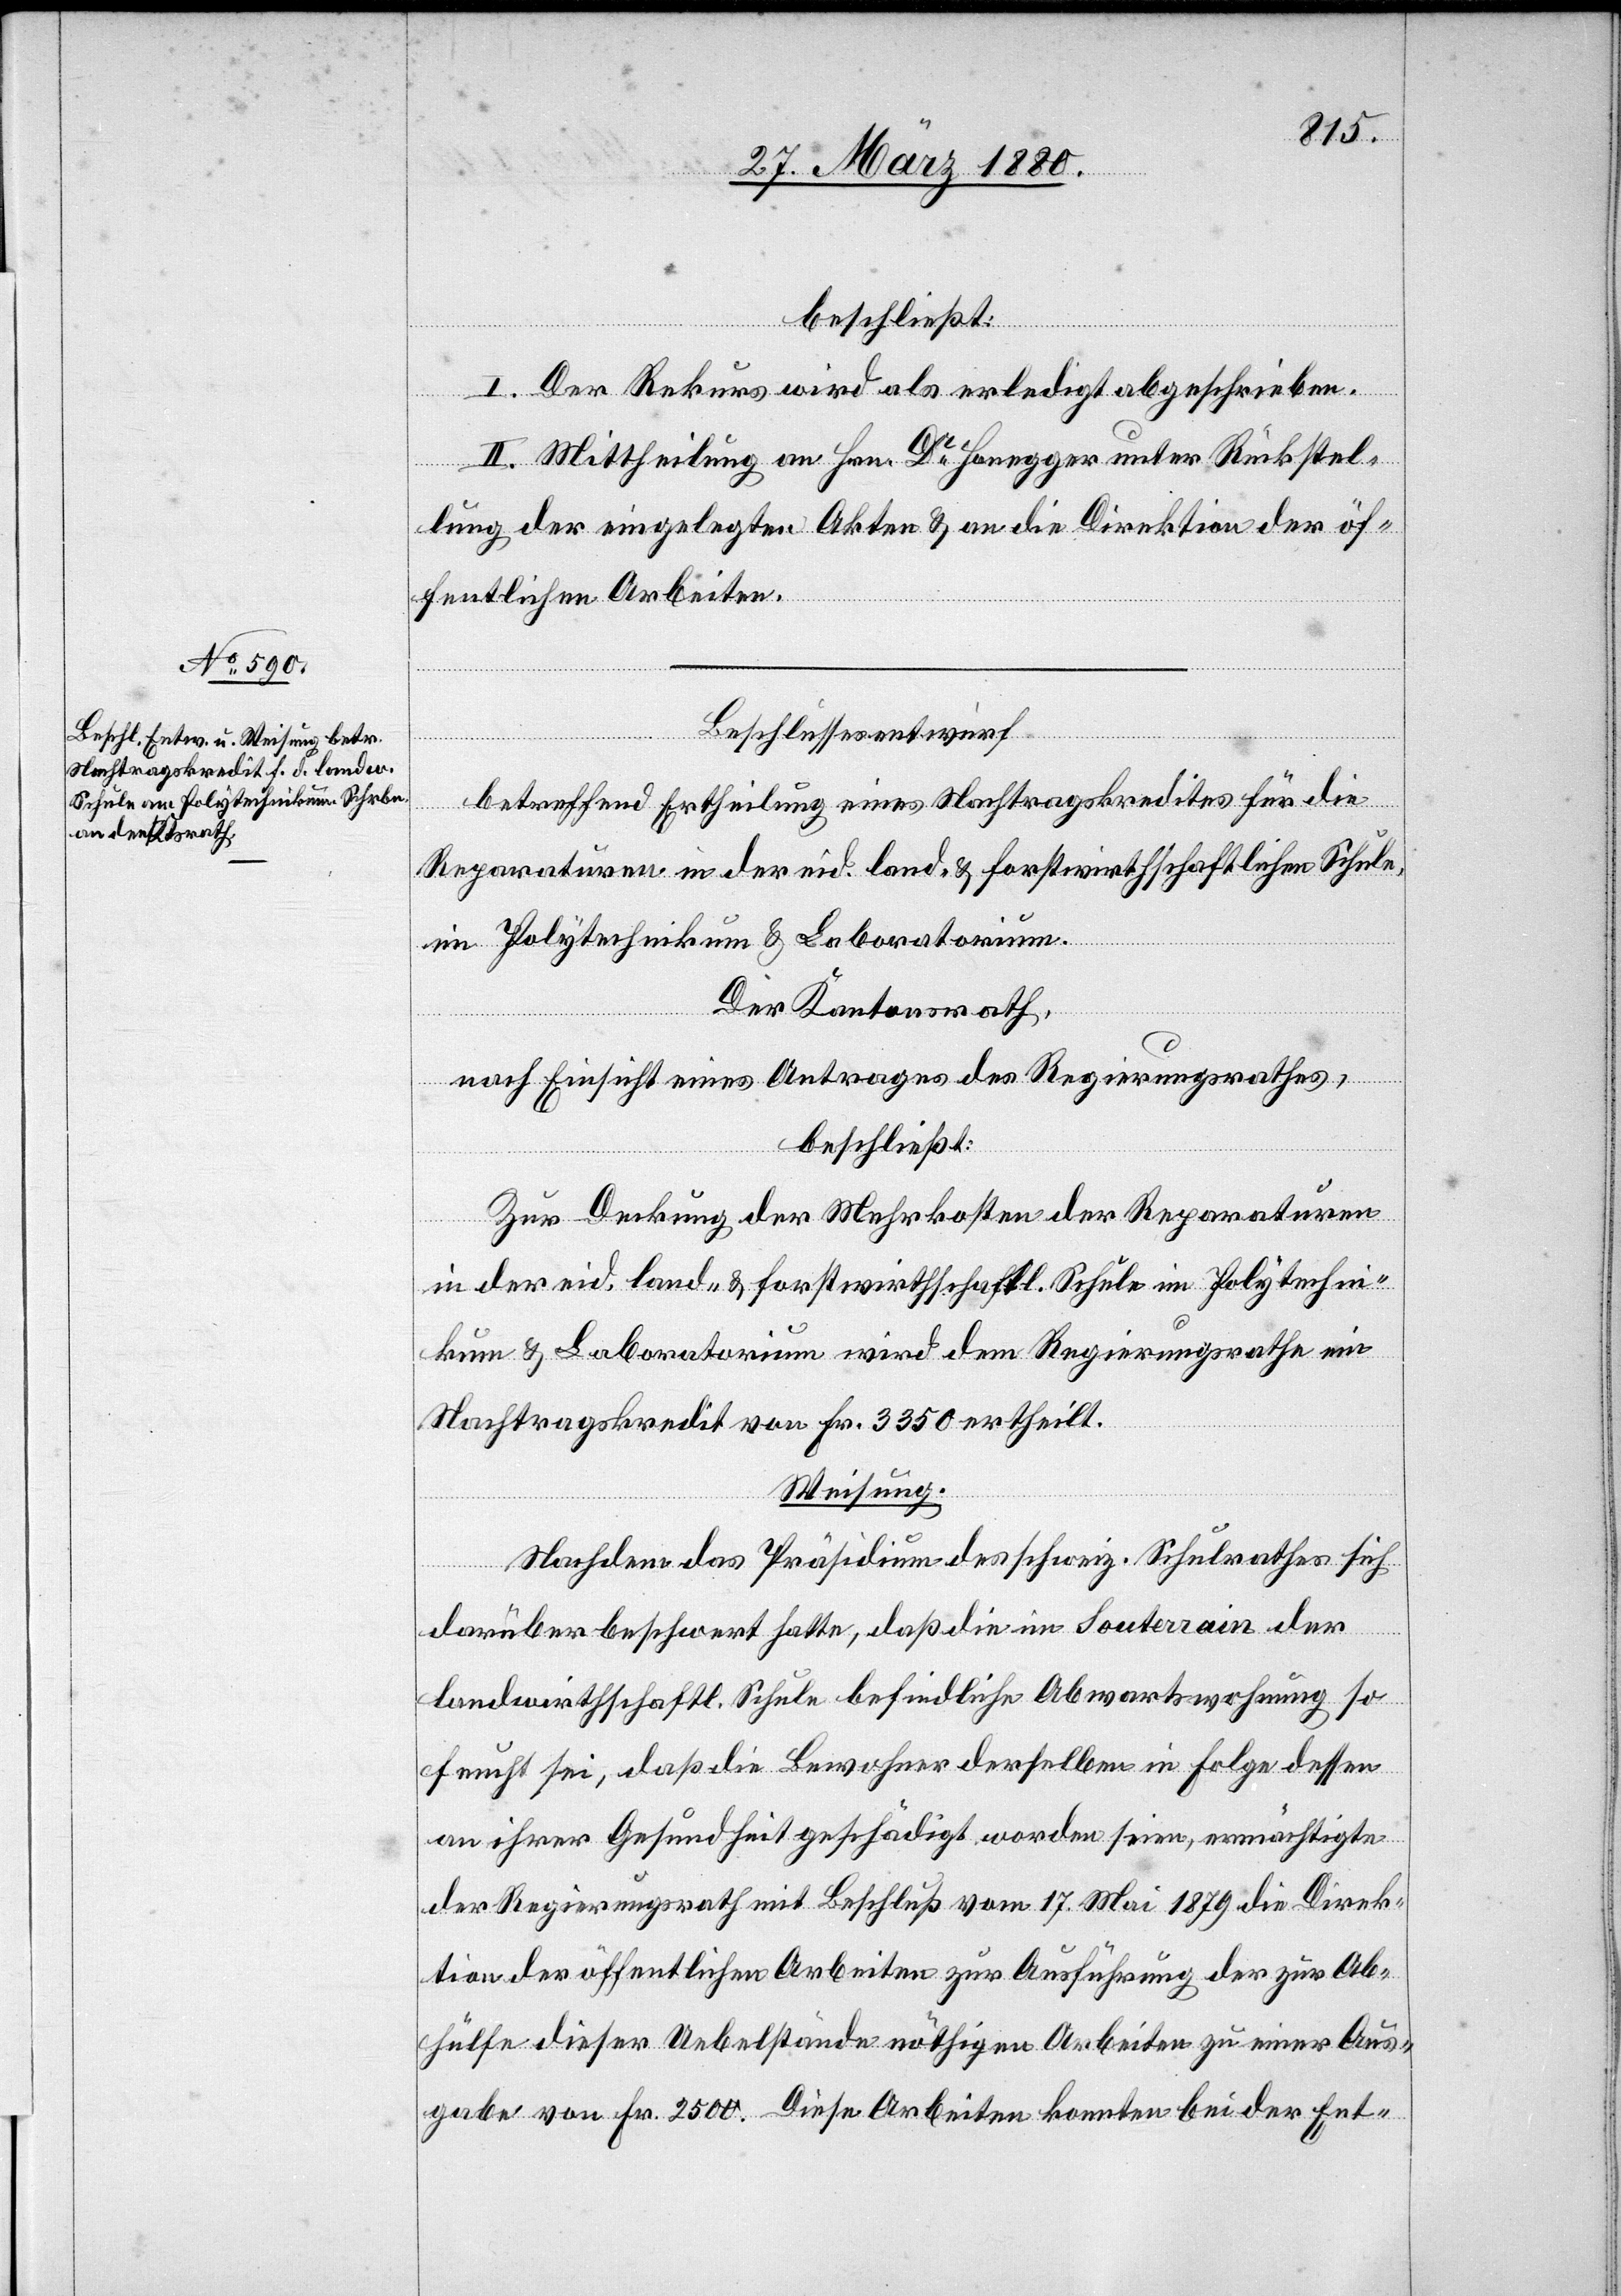
beschließt:
I. Der Rekurs wird aller erledigt abgeschrieben.
II. Mittheilung an Hrn. Dr Honegger unter Rückstel¬
lung der eingelegten Akten & an die Direktion der öf¬
fentlichen Arbeiten.
Beschlussesentwurf
betreffend Ertheilung eines Nachtragskredites für die
Reparatur in der eid. land- & forstwirthschaftlichen Schule,
im Polytechnikum & Laboratorium.
Der Kantonsrath,
nach Einsicht eines Antrages des Regierungsrathes,
beschließt:
Zur Deckung der Mehrkosten der Reparatur
in der eid. land- & forstwirthschaftlichen Schule im Polytechni¬
kum & Laboratorium wird dem Regierungsrathe ein
Nachtragskredit von Fr. 3350 ertheilt.
Weisung.
Nachdem das Präsidium des schweiz. Schulrathes sich
darüber beschwert hatte, daß die im Souterrain der
landwirthschaftl. Schule befindliche Abwartswohnung so
feucht sei, daß die Bewohner derselben in Folge dessen
an ihrer Gesundheit geschädigt worden seien, ermächtigte
der Regierungsrath mit Beschluß vom 17. Mai 1879 die Direk¬
tion der öffentlichen Arbeiten zur Ausführung der zur Ab¬
hülfe dieser Uebelstände nöthigen Arbeiten zu einer Aus¬
gabe von Fr. 2500. Diese Arbeiten konnten bei der Ent-